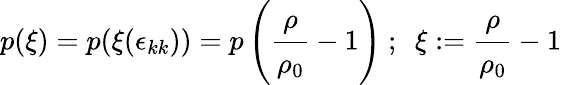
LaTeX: p(\xi)=p(\xi(\epsilon_{kk}))=p\left({\cfrac{\rho}{\rho_{0}}}-1\right)~;~~\xi:={\cfrac{\rho}{\rho_{0}}}-1